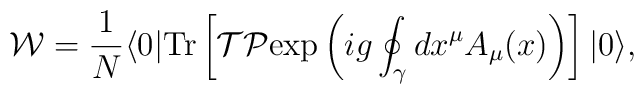
{\cal W}= {1\over N} \langle 0| {\rm Tr}\left[ {\cal T}{\cal P} {\rm exp} \left( ig \oint_\gamma dx^\mu A_\mu (x) \right)\right]|0\rangle,